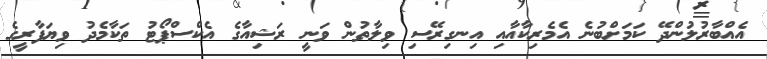
އެއްބާރުލުންދޭ ކަމަށްބުނެ އެމެރިކާއާއި އިނގިރޭސި ވިލާތުން ވަނީ ރަޝިއާގެ އެކްސްޕޯޓު ތަކާމެދު ވިޔަފާރީގެ